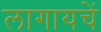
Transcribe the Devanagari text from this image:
लागायचें